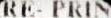
RE- PRIN